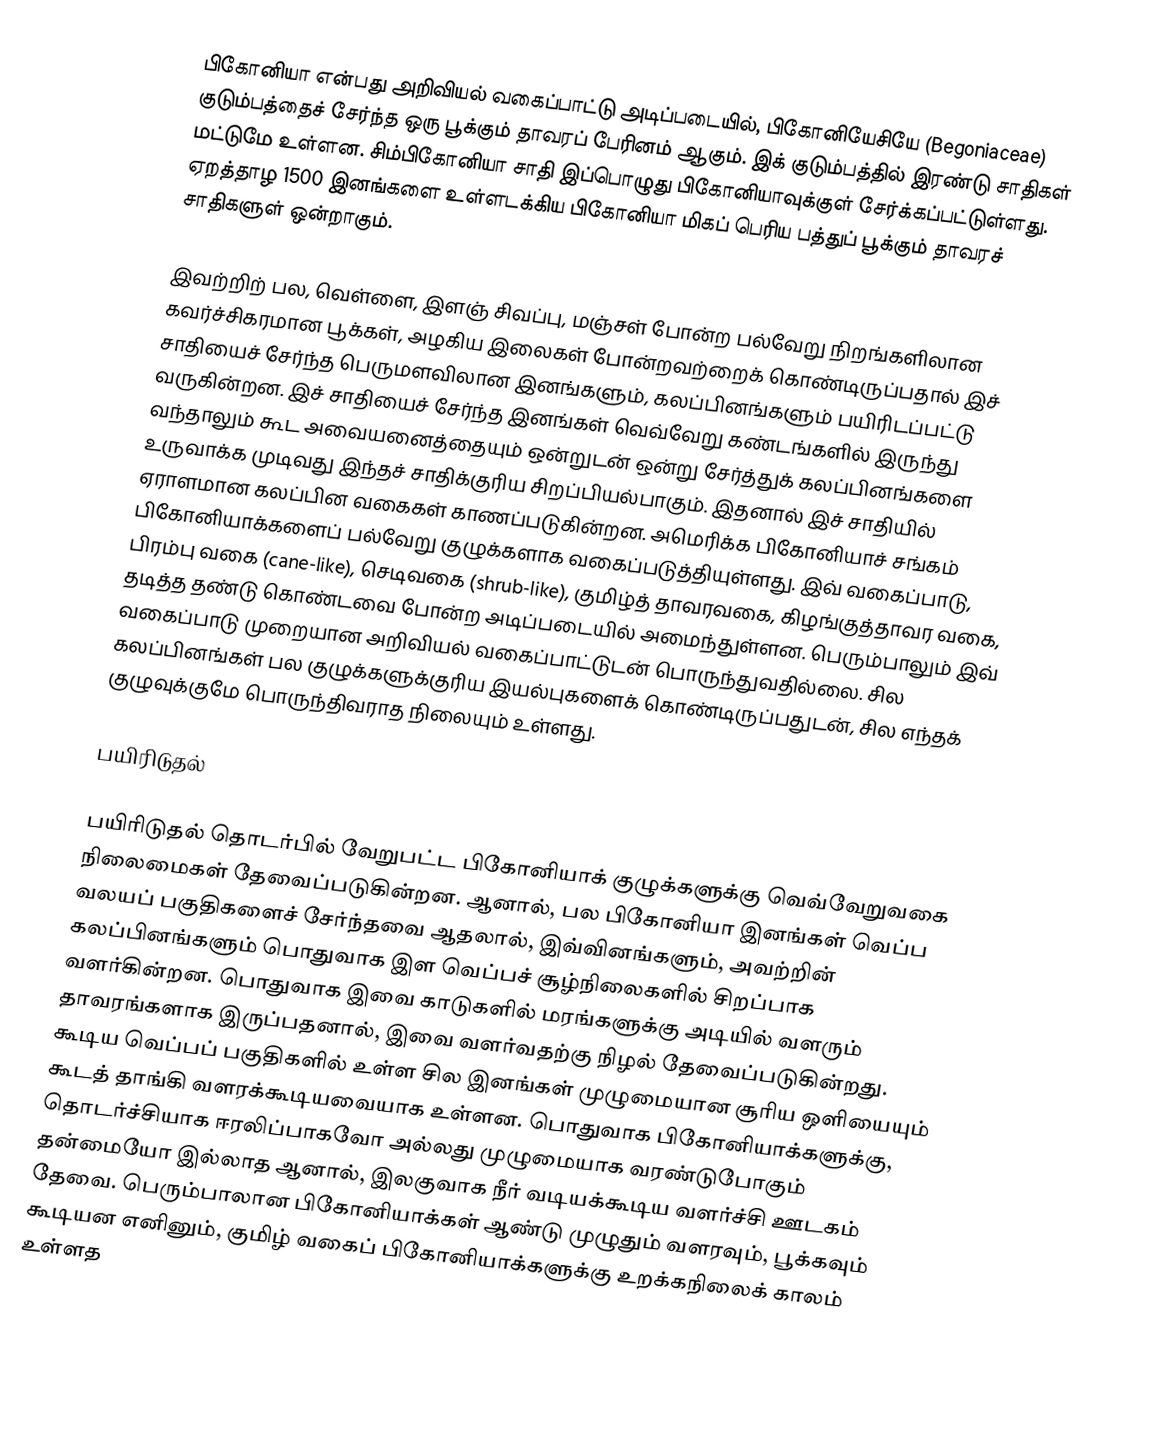
பிகோனியா என்பது அறிவியல் வகைப்பாட்டு அடிப்படையில், பிகோனியேசியே (Begoniaceae) குடும்பத்தைச் சேர்ந்த ஒரு பூக்கும் தாவரப் பேரினம் ஆகும். இக் குடும்பத்தில் இரண்டு சாதிகள் மட்டுமே உள்ளன. சிம்பிகோனியா சாதி இப்பொழுது பிகோனியாவுக்குள் சேர்க்கப்பட்டுள்ளது. ஏறத்தாழ 1500 இனங்களை உள்ளடக்கிய பிகோனியா மிகப் பெரிய பத்துப் பூக்கும் தாவரச் சாதிகளுள் ஒன்றாகும்.

இவற்றிற் பல, வெள்ளை, இளஞ் சிவப்பு, மஞ்சள் போன்ற பல்வேறு நிறங்களிலான கவர்ச்சிகரமான பூக்கள், அழகிய இலைகள் போன்றவற்றைக் கொண்டிருப்பதால் இச் சாதியைச் சேர்ந்த பெருமளவிலான இனங்களும், கலப்பினங்களும் பயிரிடப்பட்டு வருகின்றன. இச் சாதியைச் சேர்ந்த இனங்கள் வெவ்வேறு கண்டங்களில் இருந்து வந்தாலும் கூட அவையனைத்தையும் ஒன்றுடன் ஒன்று சேர்த்துக் கலப்பினங்களை உருவாக்க முடிவது இந்தச் சாதிக்குரிய சிறப்பியல்பாகும். இதனால் இச் சாதியில் ஏராளமான கலப்பின வகைகள் காணப்படுகின்றன. அமெரிக்க பிகோனியாச் சங்கம் பிகோனியாக்களைப் பல்வேறு குழுக்களாக வகைப்படுத்தியுள்ளது. இவ் வகைப்பாடு, பிரம்பு வகை (cane-like), செடிவகை (shrub-like), குமிழ்த் தாவரவகை, கிழங்குத்தாவர வகை, தடித்த தண்டு கொண்டவை போன்ற அடிப்படையில் அமைந்துள்ளன. பெரும்பாலும் இவ் வகைப்பாடு முறையான அறிவியல் வகைப்பாட்டுடன் பொருந்துவதில்லை. சில கலப்பினங்கள் பல குழுக்களுக்குரிய இயல்புகளைக் கொண்டிருப்பதுடன், சில எந்தக் குழுவுக்குமே பொருந்திவராத நிலையும் உள்ளது.

பயிரிடுதல்

பயிரிடுதல் தொடர்பில் வேறுபட்ட பிகோனியாக் குழுக்களுக்கு வெவ்வேறுவகை நிலைமைகள் தேவைப்படுகின்றன. ஆனால், பல பிகோனியா இனங்கள் வெப்ப வலயப் பகுதிகளைச் சேர்ந்தவை ஆதலால், இவ்வினங்களும், அவற்றின் கலப்பினங்களும் பொதுவாக இள வெப்பச் சூழ்நிலைகளில் சிறப்பாக வளர்கின்றன. பொதுவாக இவை காடுகளில் மரங்களுக்கு அடியில் வளரும் தாவரங்களாக இருப்பதனால், இவை வளர்வதற்கு நிழல் தேவைப்படுகின்றது. கூடிய வெப்பப் பகுதிகளில் உள்ள சில இனங்கள் முழுமையான சூரிய ஒளியையும் கூடத் தாங்கி வளரக்கூடியவையாக உள்ளன. பொதுவாக பிகோனியாக்களுக்கு, தொடர்ச்சியாக ஈரலிப்பாகவோ அல்லது முழுமையாக வரண்டுபோகும் தன்மையோ இல்லாத ஆனால், இலகுவாக நீர் வடியக்கூடிய வளர்ச்சி ஊடகம் தேவை. பெரும்பாலான பிகோனியாக்கள் ஆண்டு முழுதும் வளரவும், பூக்கவும் கூடியன எனினும், குமிழ் வகைப் பிகோனியாக்களுக்கு உறக்கநிலைக் காலம் உள்ளத